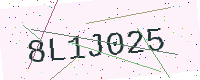
Text: 8L1J025